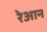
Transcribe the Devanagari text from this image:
रेआन